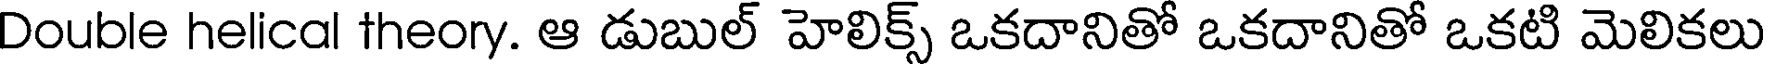
Double helical theory. ఆ డుబుల్ హెలిక్స్ ఒకదానితో ఒకదానితో ఒకటి మెలికలు